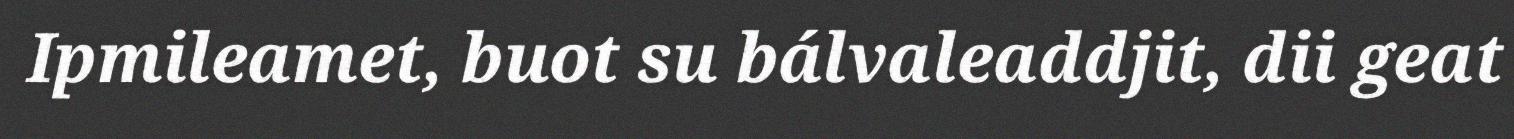
Ipmileamet, buot su bálvaleaddjit, dii geat